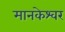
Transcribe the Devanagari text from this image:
मानकेश्वर